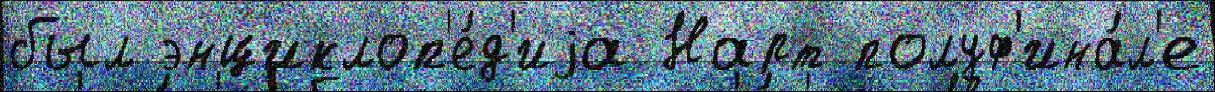
был энциклоп'е́д'иjа Нарт полуф'ина́л'е